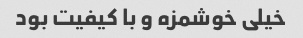
خیلی خوشمزه و با کیفیت بود